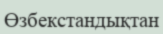
Өзбекстандықтан